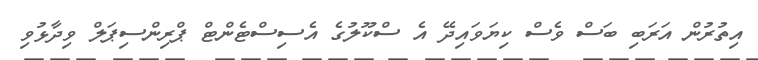
އިތުރުން އަރަބި ބަސް ވެސް ކިޔަވައިދޭ އެ ސްކޫލުގެ އެސިސްޓެންޓް ޕްރިންސިޕަލް ވިދާޅުވި